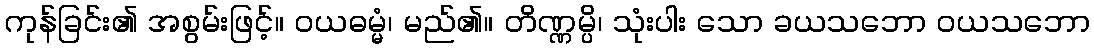
ကုန်ခြင်း၏ အစွမ်းဖြင့်။ ဝယဓမ္မံ၊ မည်၏။ တိဏ္ဏမ္ပိ၊ သုံးပါး သော ခယသဘော ဝယသဘော